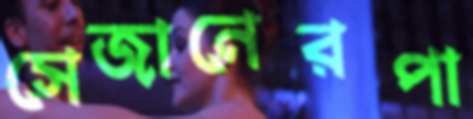
সেজানেরপা